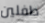
طفلين